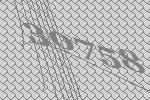
30758